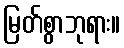
မြတ်စွာဘုရား။